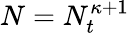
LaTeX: N=N_{t}^{\kappa+1}